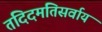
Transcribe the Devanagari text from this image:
तदिदमतिसर्वाय